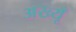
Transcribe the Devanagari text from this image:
अख्यूँ